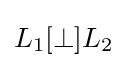
L_{1}[\perp ]L_{2}